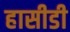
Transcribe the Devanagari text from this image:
हासीडी